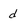
Character: d